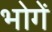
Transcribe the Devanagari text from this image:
भोगें